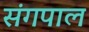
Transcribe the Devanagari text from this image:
संगपाल